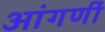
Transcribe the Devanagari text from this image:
आंगणीं